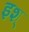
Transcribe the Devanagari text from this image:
इश्